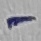
Text: -